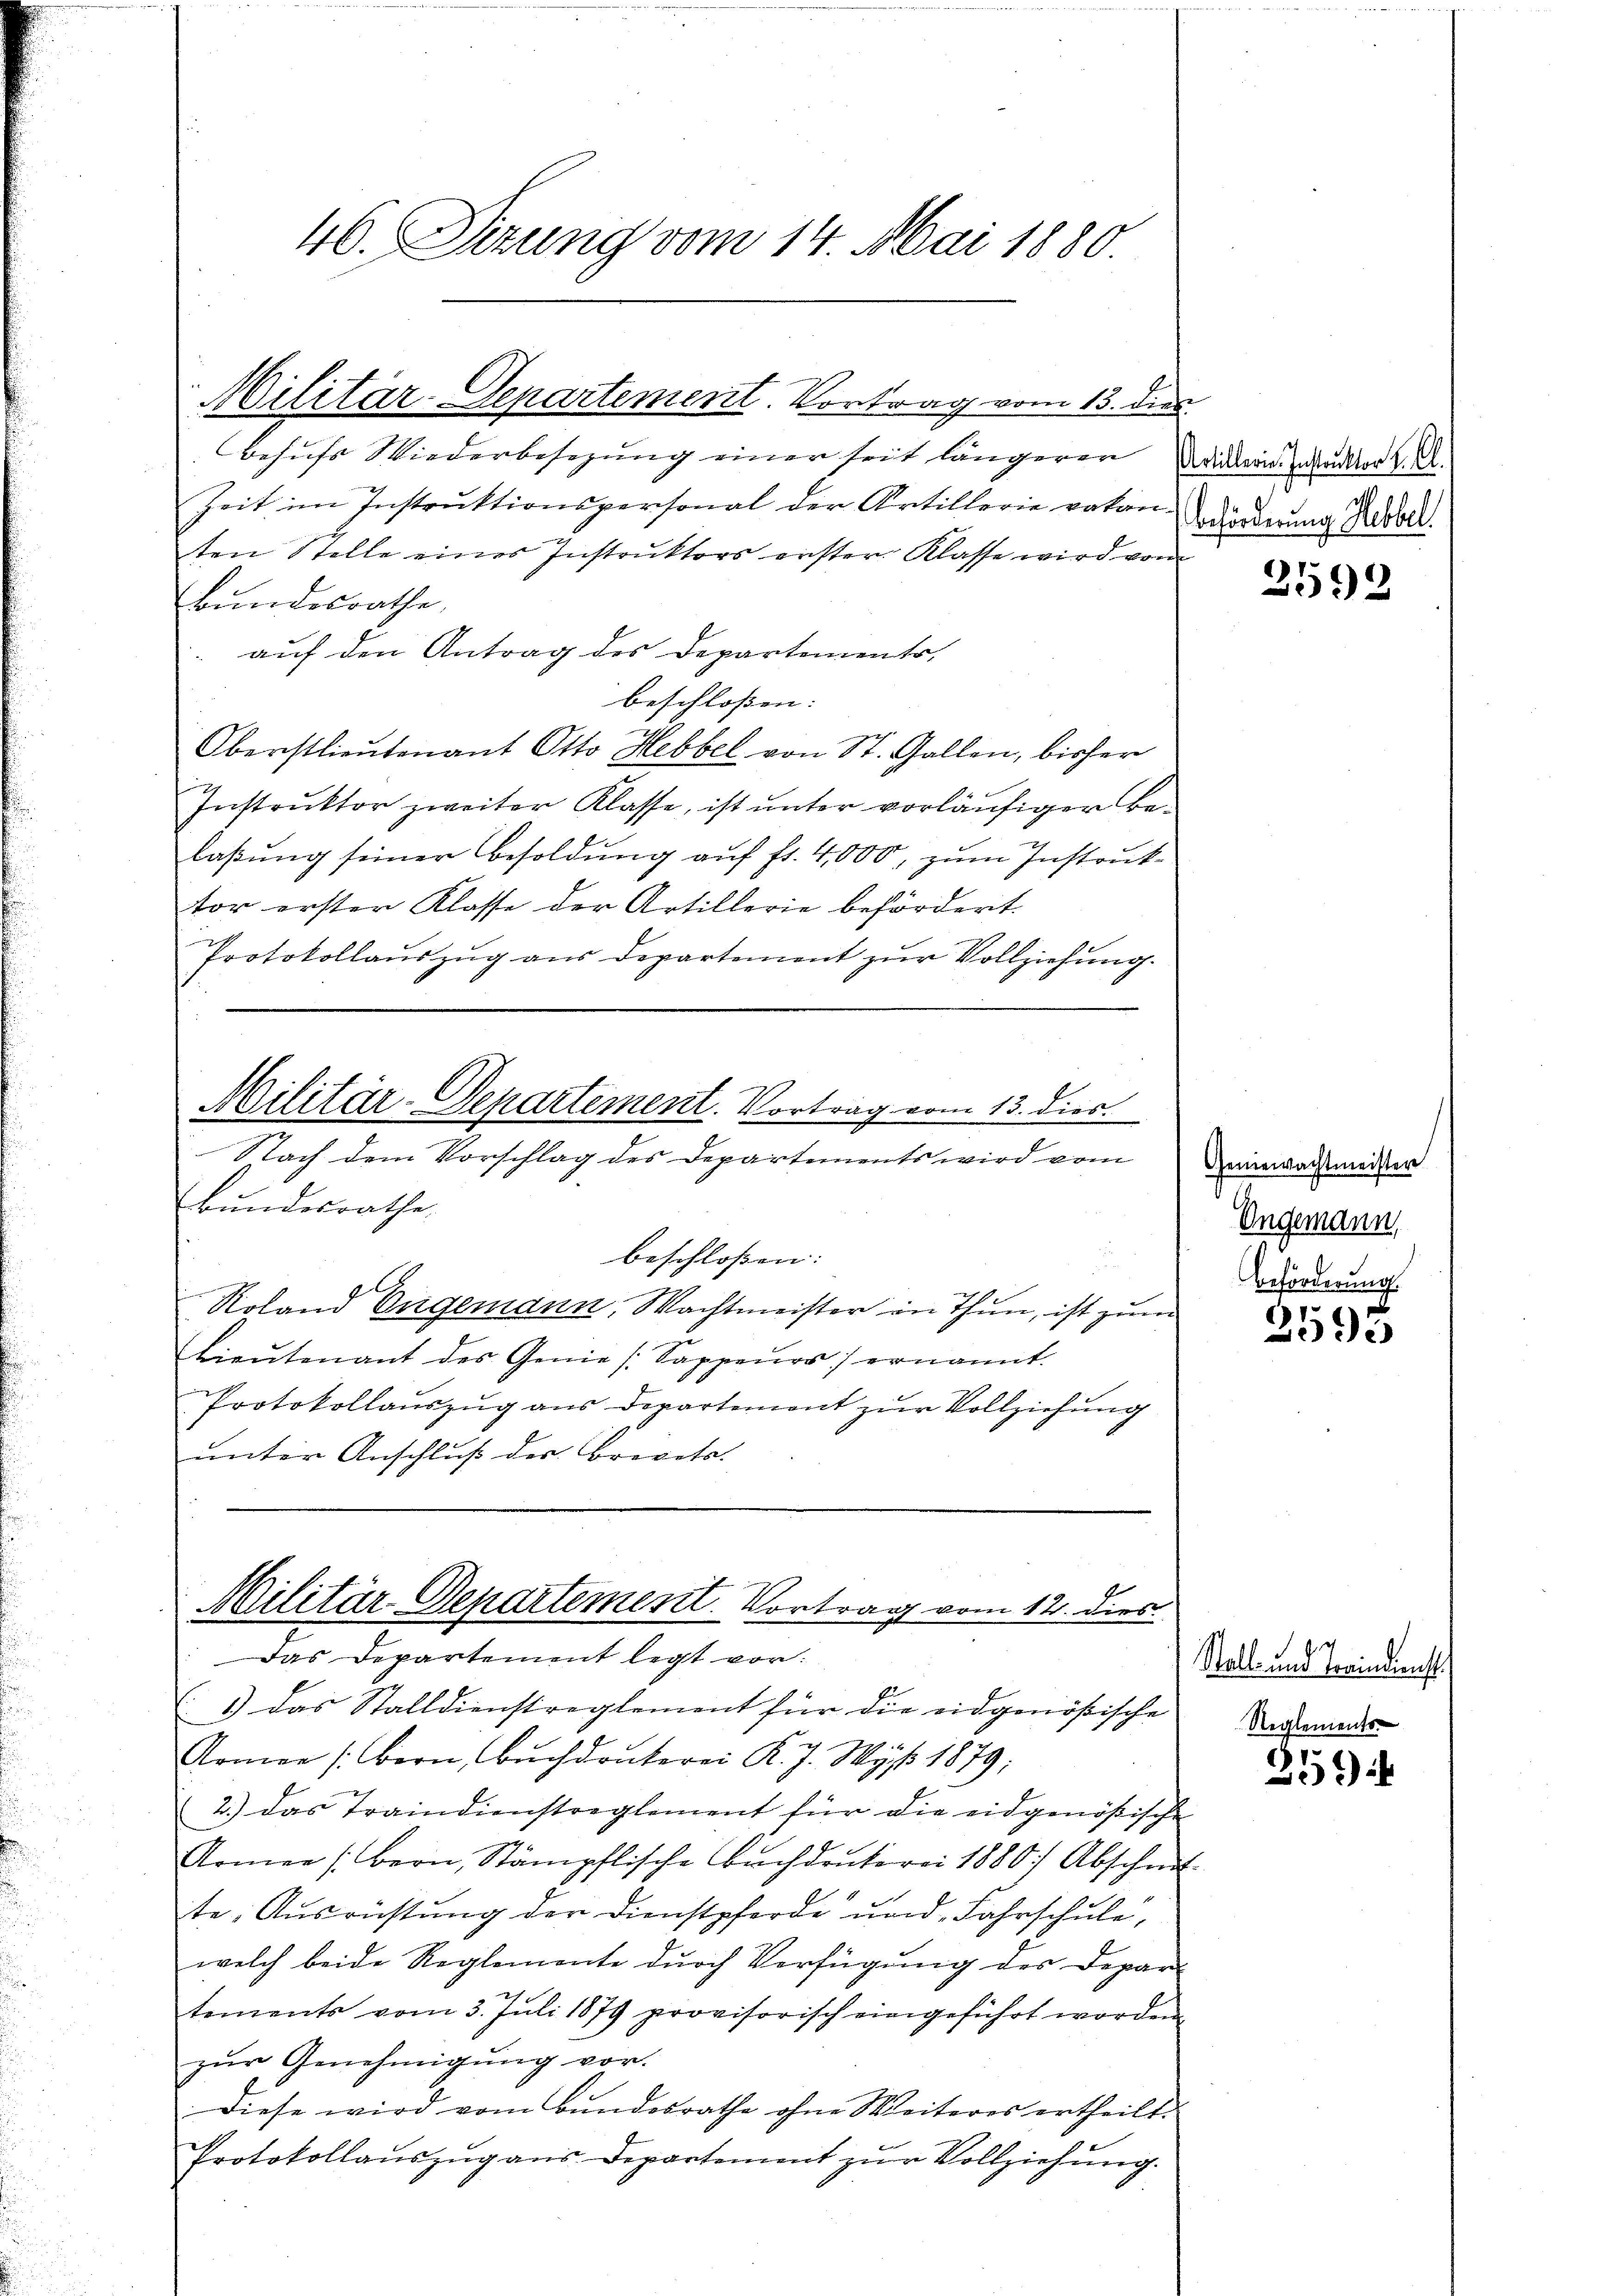
46. Sitzung vom 14. Mai 1880.

Militär-Departement. Vortrag vom 13. die

Besuchs Wiederbesezung einer seit längeren Widerin der K. A.
Zeit im Instruktionspersonal der Artillerie vakantordnung Resold.
ten Stelle eines Instruktors erster Klasse wird von
Bundesrathe,
auf den Antrag des Departements,
beschlossen:
Oberstlieutenant Otto Hebbel von St. Gallen, bisher
Instrŭktor zweiter Klasse, ist ŭnter vorläŭfiger Be-
laβŭng seiner Besoldŭng aŭf fr. 4,000, zum Instruk-
tor erster Klasse der Artillerie befördert.
Protokollauszug aus Departemont zur Vollziehung.
Militär-Departement. Vortrag vom 13. dies
Nach dem Vorschlag des Departements wird vom
Bundesrathe
beschloßen:
Roland Engemann, Wachtmeister in Thun, ist zum
Lieŭtenant des Genie (: Sappenor) ernannt.
Protokollauszug aus Departement zur Vollziehung
unter Anschluß des Brevets.

Militär-Departement. Vortrag vom 12. dies
Das Departement legt vor:

1) das Stalldienstreglement für die eidgenößische
Romen (Bern, Bŭchdrukerei K. J. Wyss 1879;
2.) Das Traindienstreglement für die eidgenößische
Armee (Bern, Stämpflische Buchdrukerei 1880) Abschnitte: Ausrüstung der Dienstpferde und Fahrschule,
welch beide Reglemente durch Verfügung des Depar-
tements vom 3. Juli 1879 provisorisch eingeführt worden.
zŭr Genehmigŭng vor.
Diese wird vom Bundesrathe ohne Weiteres ertheilt.
Protokollauszug aus Departement zur Vollziehung.

2592

Geniewachtmeister
Ungemann,
Beförderung

3595

Stall- und Traindienst
Reglements

25